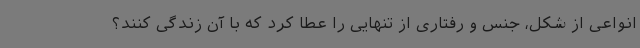
انواعی از شکل، جنس و رفتاری از تنهایی را عطا کرد که با آن زندگی کنند؟